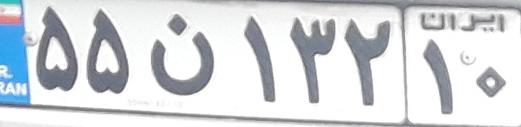
۵۵ن۱۳۲۱۰